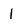
Character: 1